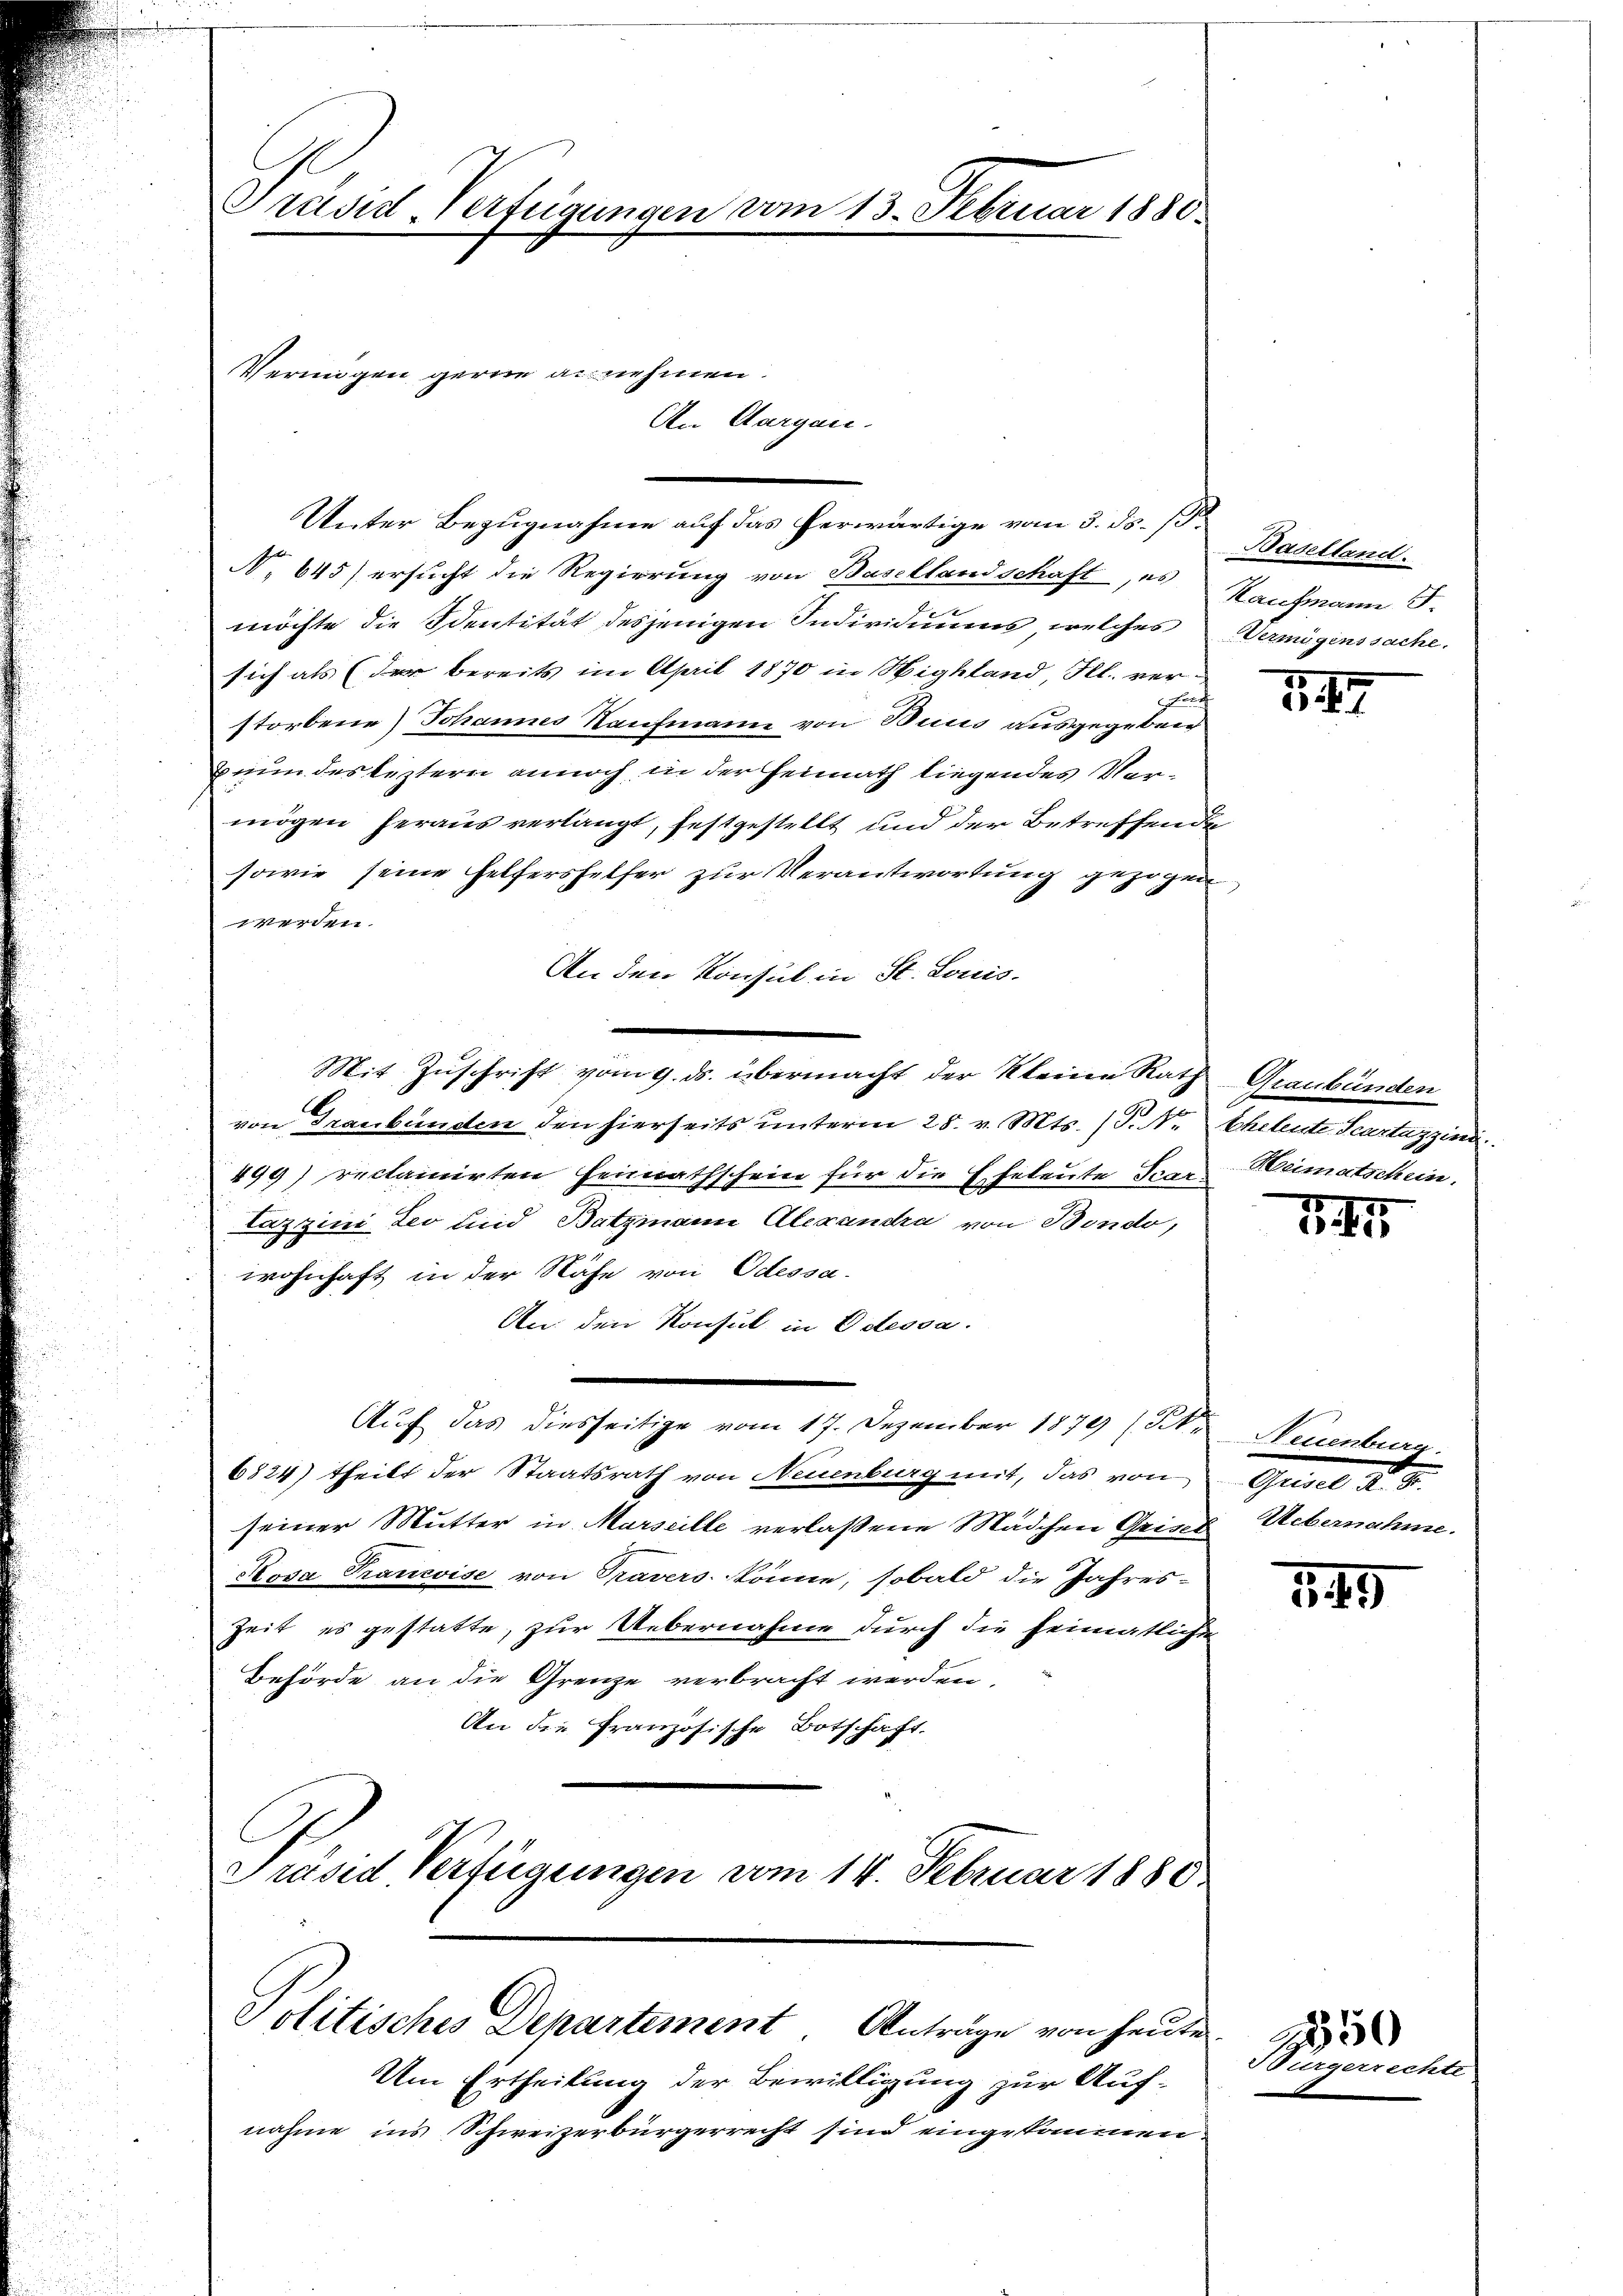
Präsid-Verfügungen vom 13. Februar 1880.

Unter Bezugnahme auf das herwärtige vom 3. ds. 15.
No 645) ersucht die Regierung von Basellandschaft, es Kaufmann T.
möchte die Identität desjenigen Individuums, welches Vermögenssache.
sich als (der bereits im April 1870 in Highland Kl. verstorbene) Johannes Kaufmann von Bicus ausgegeben
Bunn des leztern annoch in der Heimath liegendes Vermögen heraus verlangt, festgestellt und der Betreffende
sowie seine Helfershelfer zur Verantwortung gezogen
werden.
An den Konsul in St. Louis-
Mit Zuschrift vom 9. ds. übermacht der Kleine Rath Graubünden
von Graubünden den hierseits unterm 28. v. Mts. (T. N. Eheleute Scartazzini
499) reclamirten Heimathschein für die Eheleute Scar. Weimatschein.
Tazzini Leo und Batzmann Alexandra von Bondo,
wohnhaft in der Nähe von Odessa-
An den Konsul in Odessa.
e
Auf das diesseitige vom 17. Dezember 1879 (St. Neuenburg.
6824) theilt der Staatsrath von Neuenburg mit, das von Grisel R. G.
seiner Mutter in Marseille verlassene Mädchen Grins Uebernahme.
Rosa Francise von Prävers könne, sobald die Jahres-
Zeit es gestatte, zur Uebernahme durch die heimatliche
Behörde an die Grenze verbracht werden,
An die Französische Botschaft.
Präsid Verfügungen vom 14. Februar 1880.

Politisches Departement Anträge von heute

Vermögen gerne annehmen.
An Aargau.

Um Ertheilung der Bewilligung zur Auf-
nahme in’s Schweizerbürgerrecht sind eingekommen.

Baselland.

57

1.41

149

SBürgerrechte

1850